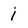
Character: i